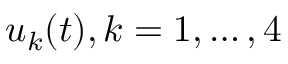
u _ { k } ( t ) , k = 1 , \dots , 4